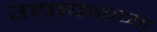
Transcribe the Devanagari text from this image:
उद्यापनाच्या